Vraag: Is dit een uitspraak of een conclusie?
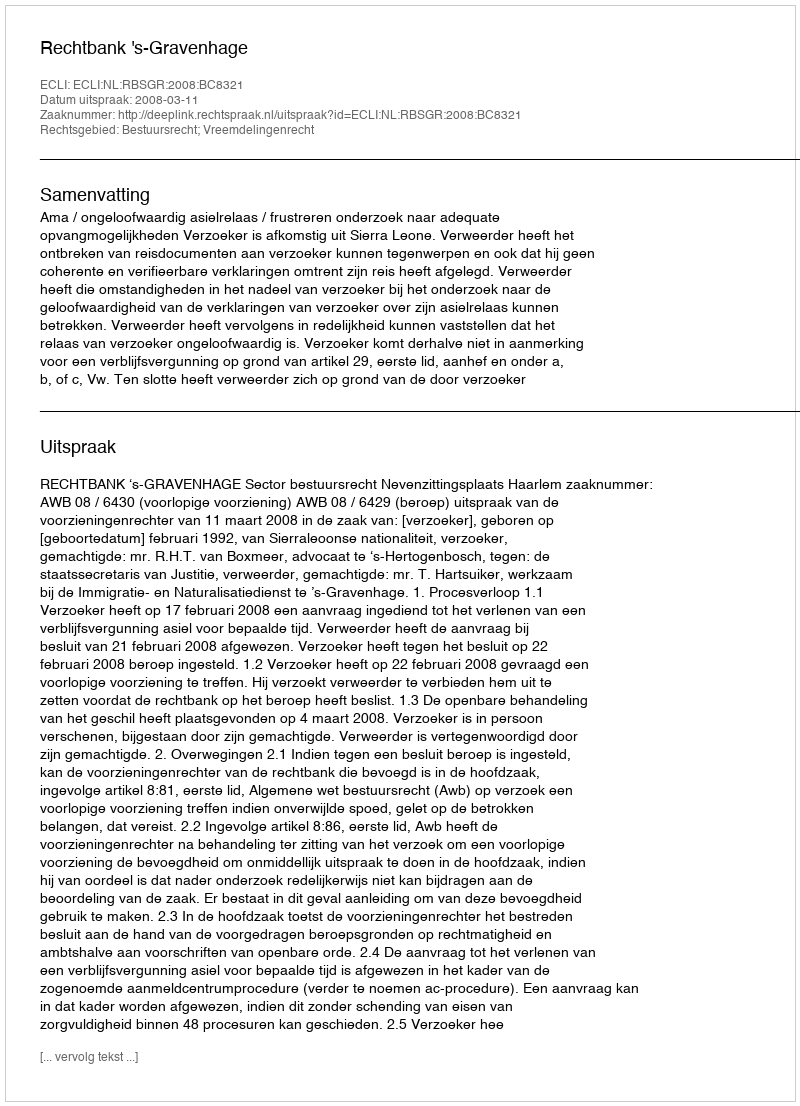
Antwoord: Uitspraak